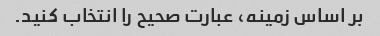
بر اساس زمینه، عبارت صحیح را انتخاب کنید.